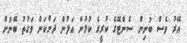
އޭރު ވެސް ބުނިން ސެންޓޭގެ ކުރީގެ ކުޅުން އަލުން ދަށްކަން ވަގުތު ބޭނުން